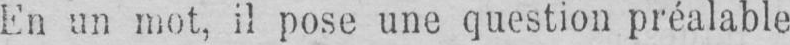
En un mot, il pose une question préalable